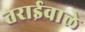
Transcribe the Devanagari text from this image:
तराईवाले